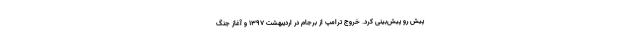
پیش رو پیش‌بینی کرد. خروج ترامپ از برجام در اردیبهشت ۱۳۹۷ و آغاز جنگ